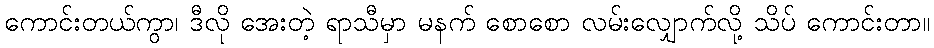
ကောင်းတယ်ကွာ၊ ဒီလို အေးတဲ့ ရာသီမှာ မနက် စောစော လမ်းလျှောက်လို့ သိပ် ကောင်းတာ။